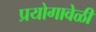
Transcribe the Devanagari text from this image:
प्रयोगावेळी